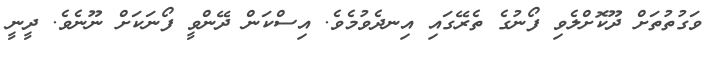
ވަގުތުތަަށް ދޫކޮށްލެވި ފޯނުގެ ތެރޭގައި އިނދެވުމެވެ. އިސްކަން ދޭންވީ ފޯނަކަށް ނޫނެވެ. ދީނީ